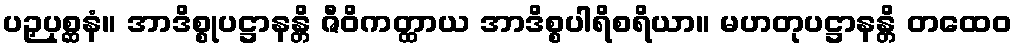
ပဉှပုစ္ဆနံ။ အာဒိစ္စုပဋ္ဌာနန္တိ ဇီဝိကတ္ထာယ အာဒိစ္စပါရိစရိယာ။ မဟတုပဋ္ဌာနန္တိ တထေဝ